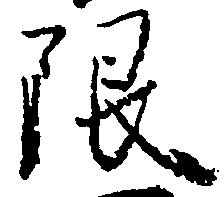
限